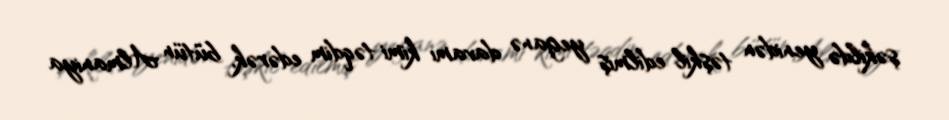
şəkildə yenidən təşkil edilmiş yeganə davamı kimi təqdim edərək, bütün Almaniya